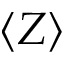
\left\langle Z \right\rangle